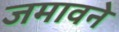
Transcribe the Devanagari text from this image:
जमावने